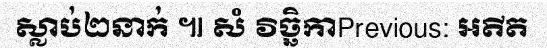
ស្លាប់២នាក់ ៕ សំ វិច្ឆិកាPrevious: អតីត